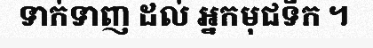
ទាក់ទាញ ដល់ អ្នកមុជទឹក ។